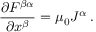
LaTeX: { \frac { \partial F ^ { \beta \alpha } } { \partial x ^ { \beta } } } = \mu _ { 0 } J ^ { \alpha } \, .